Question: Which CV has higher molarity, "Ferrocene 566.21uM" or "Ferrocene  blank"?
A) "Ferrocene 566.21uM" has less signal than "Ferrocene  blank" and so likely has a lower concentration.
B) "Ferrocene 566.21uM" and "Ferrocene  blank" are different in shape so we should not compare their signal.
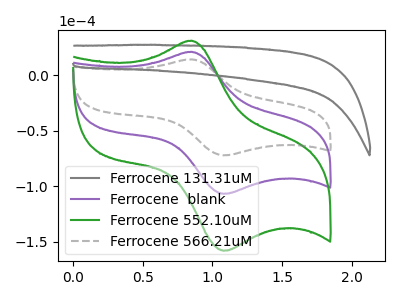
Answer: <think>The gray curve "Ferrocene 131.31uM" has no peaks. The purple curve "Ferrocene  blank" has an anodic peak at (0.85V, 20.90uA) and a cathodic peak at (1.10V, -106.80uA). The green curve "Ferrocene 552.10uM" has an anodic peak at (0.85V, 41.80uA) and a cathodic peak at (1.10V, -213.60uA). The gray dashed curve "Ferrocene 566.21uM" has an anodic peak at (0.85V, 14.15uA) and a cathodic peak at (1.10V, -72.15uA).
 All the peaks in "Ferrocene 566.21uM" have a peak in "Ferrocene  blank" at the same potential. Every peak in "Ferrocene 566.21uM" is lower than every peak in "Ferrocene  blank".</think>
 <answer>A) "Ferrocene 566.21uM" has less signal than "Ferrocene  blank" and so likely has a lower concentration.</answer>
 <eval>A</eval>